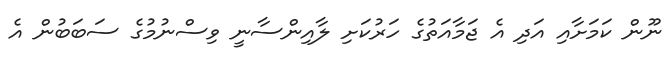
ނޫން ކަމަށާއި އަދި އެ ޖަމާއަތުގެ ހަރުކަށި ލާއިންސާނީ ވިސްނުމުގެ ސަބަބުން އެ